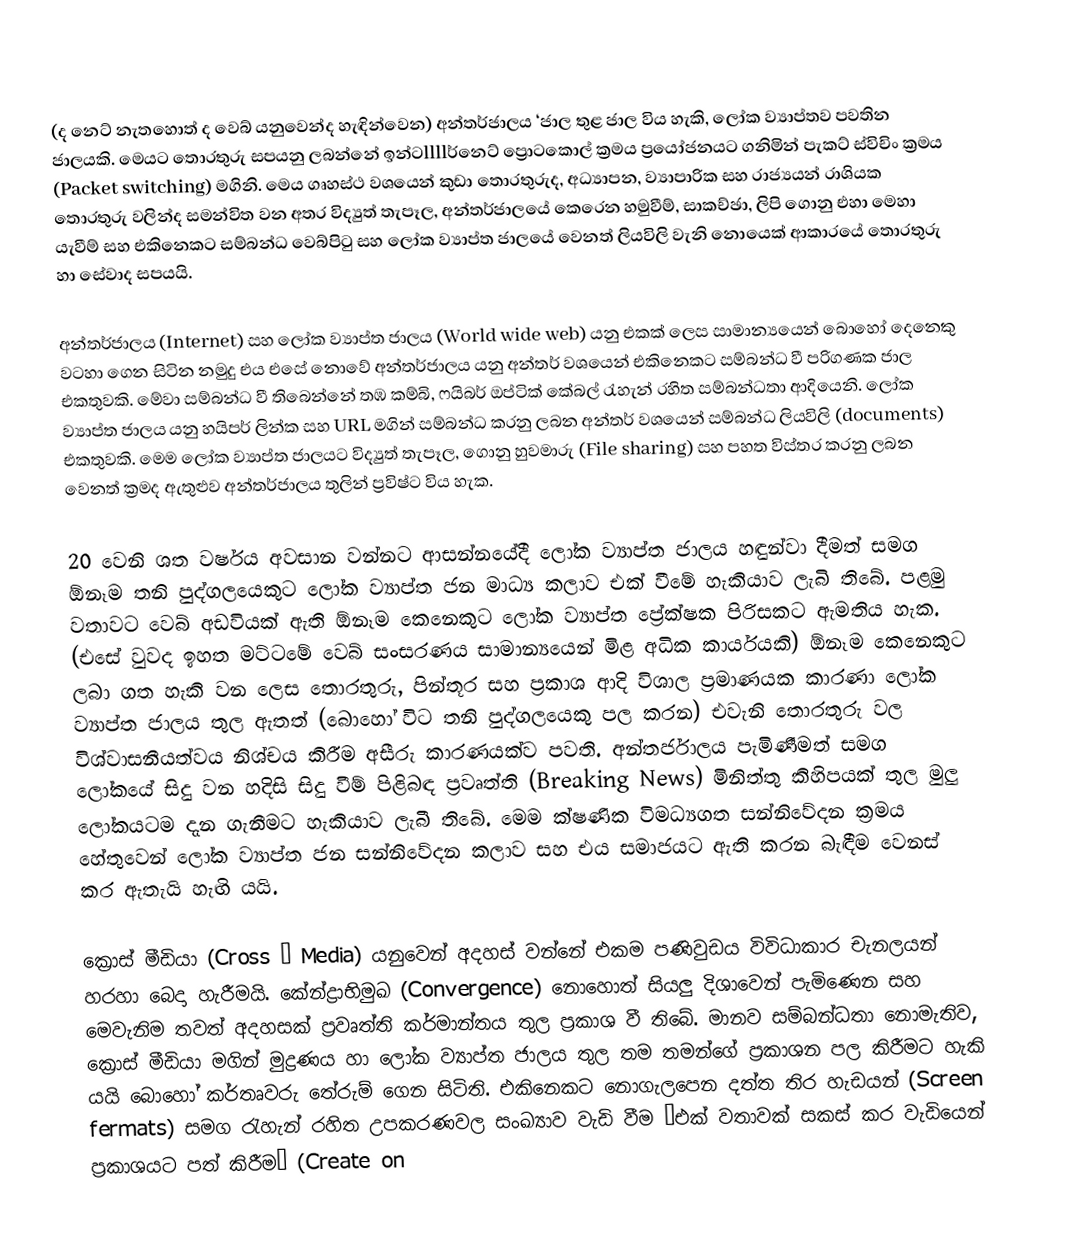
(ද නෙට් නැත‍හොත් ද වෙබ් යනුවෙන්ද හැඳින්වෙන) අන්තර්ජාලය ‘ජාල තුළ ජාල  විය හැකි, ලෝක ව්‍යාප්තව පවතින ජාලයකි. මෙයට තොරතුරු සපයනු ලබන්නේ ඉන්ටllllර්නෙට් ප්‍රොටකොල් ක්‍රමය ප්‍රයෝජනයට ගනිමින් පැකට් ස්විචිං ක්‍රමය (Packet switching) මගිනි. මෙය ගෘහස්ථ වශයෙන් කුඩා තොරතුරුද, අධ්‍යාපන, ව්‍යාපාරික සහ රාජ්‍යයන් රාශියක තොරතුරු වලින්ද සමන්විත වන අතර විද්‍යුත් තැපෑල, අන්තර්ජාලයේ කෙරෙන හමුවීම්, සාකච්ඡා, ලිපි ගොනු එහා මෙහා යැවීම් සහ එකිනෙකට සම්බන්ධ වෙබ්පිටු සහ ලෝක ව්‍යාප්ත ජාලයේ වෙනත් ලියවිලි වැනි නොයෙක් ආකාරයේ තොරතුරු හා සේවාද සපයයි.

අන්තර්ජාලය (Internet) සහ ලෝක ව්‍යාප්ත ජාලය (World wide web) යනු එකක් ලෙස සාමාන්‍යයෙන් බොහෝ දෙනෙකු වටහා ගෙන සිටින නමුදු එය එසේ නොවේ අන්තර්ජාලය යනු අන්තර් වශයෙන් එකිනෙකට සම්බන්ධ වී පරිගණක ජාල එකතුවකි. මේවා සම්බන්ධ වී තිබෙන්නේ තඹ කම්බි, ෆයිබර් ඔප්ටික් කේබල් රැහැන් රහිත සම්බන්ධතා ආදියෙනි. ලෝක ව්‍යාප්ත ජාලය යනු හයිපර් ලින්ක සහ URL මගින් සම්බන්ධ කරනු ලබන අන්තර් වශයෙන් සම්බන්ධ ලියවිලි (documents) එකතුවකි. මෙම ලෝක ව්‍යාප්ත ජාලයට විද්‍යුත් තැපෑල, ගොනු හුවමාරු (File sharing) සහ පහත විස්තර කරනු ලබන වෙනත් ක්‍රමද ඇතුළුව අන්තර්ජාලය තුලින් ප්‍රවිෂ්ට විය හැක.

20 වෙනි ශත වර්ෂය අවසාන වන්නට ආසන්නයේදී ලෝක ව්‍යාප්ත ජාලය හඳුන්වා දීමත් සමග ඕනෑම තනි පුද්ගලයෙකුට ලෝක ව්‍යාප්ත ජන මාධ්‍ය කලාව එක් වීමේ හැකියාව ලැබි තිබේ. පළමු වතාවට වෙබ් අඩවියක් ඇති ඕනෑම කෙනෙකුට ලෝක ව්‍යාප්ත ප්‍රේක්ෂක පිරිසකට ඇමතිය හැක. (එසේ වුවද ඉහත මට්ටමේ වෙබ් සංසරණය සාමාන්‍යයෙන් මිළ අධික කාර්යයකි) ඕනෑම කෙනෙකුට ලබා ගත හැකි වන ලෙස තොරතුරු, පින්තූර සහ ප්‍රකාශ ආදි විශාල ප්‍රමාණයක කාරණා ලෝක ව්‍යාප්ත ජාලය තුල ඇතත් (බොහෝ විට තනි පුද්ගලයෙකු පල කරන) එවැනි තොරතුරු වල විශ්වාසනීයත්වය නිශ්චය කිරීම අසීරු කාරණයක්ව පවති. අන්තර්ජාලය පැමිණීමත් සමග ලෝකයේ සිදු වන හදිසි සිදු වීම් පිළිබඳ ප්‍රවෘත්ති (Breaking News) මිනිත්තු කිහිපයක් තුල මුලු ලෝකයටම දැන ගැනීමට හැකියාව ලැබී තිබේ. මෙම ක්ෂණික විමධ්‍යගත සන්නිවේදන ක්‍රමය හේතුවෙන් ලෝක ව්‍යාප්ත ජන සන්නිවේදන කලාව සහ එය සමාජයට ඇති කරන බැඳීම වෙනස් කර ඇතැයි හැඟි යයි.

ක්‍රොස් මීඩියා (Cross – Media) යනුවෙන් අදහස් වන්නේ එකම පණිවුඩය විවිධාකාර චැනලයන් හරහා බෙදා හැරීමයි. කේන්ද්‍රාභිමුඛ (Convergence) නොහොත් සියලු දිශාවෙන් පැමිණෙන සහ මෙවැනිම තවත් අදහසක් ප්‍රවෘත්ති කර්මාන්තය තුල ප්‍රකාශ වී තිබේ. මානව සම්බන්ධතා නොමැතිව, ක්‍රොස් මීඩියා මගින් මුද්‍රණය හා ලෝක ව්‍යාප්ත ජාලය තුල තම තමන්ගේ ප්‍රකාශන පල කිරීමට හැකි යයි බොහෝ කර්තෘවරු තේරුම් ගෙන සිටිති. එකිනෙකට නොගැලපෙන දත්ත තිර හැඩයන් (Screen fermats) සමග රැහැන් රහිත උපකරණවල සංඛ්‍යාව වැඩි වීම “එක් වතාවක් සකස් කර වැඩියෙන් ප්‍රකාශයට පත් කිරීම” (Create on